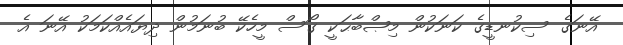
އޭނަގެ ސިކުނޑީގެ ކަނަކުން މިޞްބާޙަކީ ގޯސް މީހެކޭ ބުނަމުން ދިޔައެއްކަމަކު އޭނަ އެ